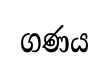
ගණය